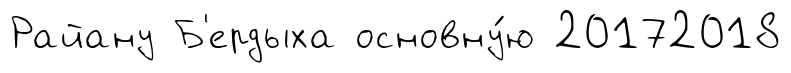
Райану Б'ердыха основну́ю 20172018